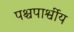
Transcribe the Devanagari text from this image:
पश्चपार्श्वीय